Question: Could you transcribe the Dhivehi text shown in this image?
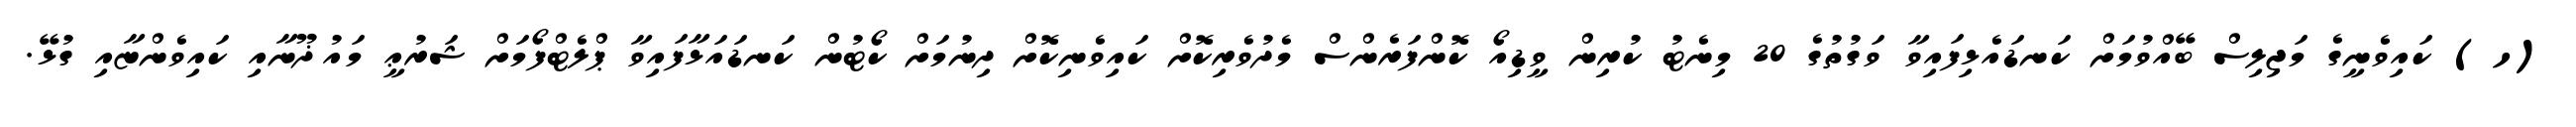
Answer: (ހ) ކައިވެނީގެ މަޖިލިސް ބޭއްވުމަށް ކަނޑައެޅިފައިވާ ވަގުތުގެ 20 މިނެޓު ކުރިން ވީޑިއޯ ކޮންފަރެންސް މެދުވެރިކޮށް ކައިވެނިކޮށް ދިނުމަށް ކޯޓުން ކަނޑައަޅާފައިވާ ޕްލެޓްފޯމަށް ޝަރުޢީ މައުޛޫނާއި ކައިވެންޏާއި ގުޅޭ.